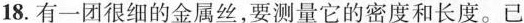
18.有一团很细的金属丝，要测量它的密度和长度。已